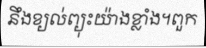
នឹងខ្យល់ព្យុះយ៉ាងខ្លាំង។ពួក